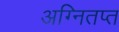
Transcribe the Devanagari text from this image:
अग्नितप्त